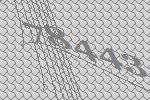
78443